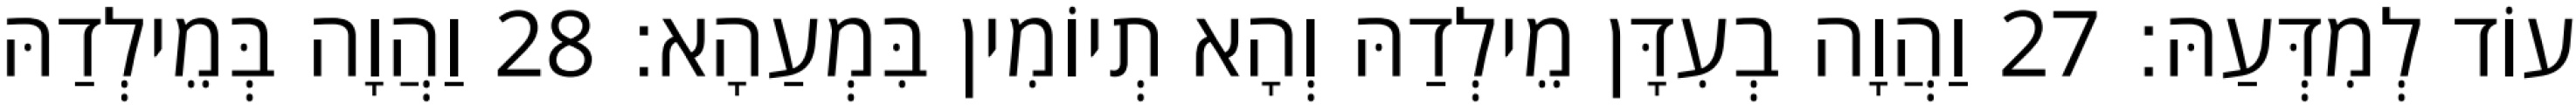
עוֹד לְמִדְּעַהּ׃ 27 וַהֲוָה בְעִדָּן מֵילְדַהּ וְהָא תְיוֹמִין בִּמְעַהָא׃ 28 וַהֲוָה בְּמֵילְדַהּ